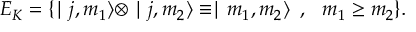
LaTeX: { \cal E } _ { K } = \{ \mid j , m _ { 1 } \rangle \otimes \mid j , m _ { 2 } \rangle \equiv \mid m _ { 1 } , m _ { 2 } \rangle \, \, \, , \, \, \, \, m _ { 1 } \geq m _ { 2 } \} .